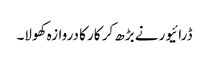
ڈرائیور نے بڑھ کر کار کا دروازہ کھولا۔